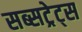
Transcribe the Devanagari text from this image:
सब्सट्रेट्स